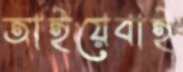
তাইয়েবাই